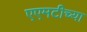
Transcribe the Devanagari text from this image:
एएमटीच्या